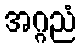
အဂ္ဂညံ